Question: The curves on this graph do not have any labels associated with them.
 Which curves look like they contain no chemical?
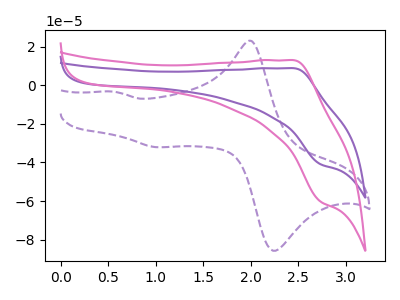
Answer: <think>The purple dashed curve "purple dashed" has anodic peaks at (2.00V, 22.90uA) (0.55V, -3.35uA) and cathodic peaks at (2.30V, -85.05uA) (1.00V, -32.10uA). The purple curve "purple" has an anodic peak at (2.45V, 8.80uA) and a cathodic peak at (2.75V, -41.00uA). The pink curve "pink" has an anodic peak at (2.45V, 12.95uA) and a cathodic peak at (2.75V, -60.35uA).</think>
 <answer>There are not any CV's on this graph that are likely to be blanks.</answer>
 <eval>none</eval>